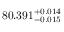
8 0 . 3 9 1 _ { - 0 . 0 1 5 } ^ { + 0 . 0 1 4 }